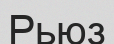
Рьюз